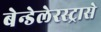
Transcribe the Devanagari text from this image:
बेन्डेलेरस्ट्रासे